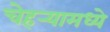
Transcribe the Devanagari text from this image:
चेहर्‍यामध्ये